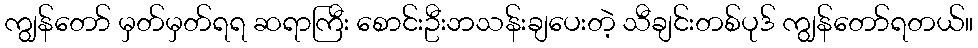
ကျွန်တော် မှတ်မှတ်ရရ ဆရာကြီး စောင်းဦးဘသန်းချပေးတဲ့ သီချင်းတစ်ပုဒ် ကျွန်တော်ရတယ်။